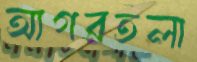
আগরতলা